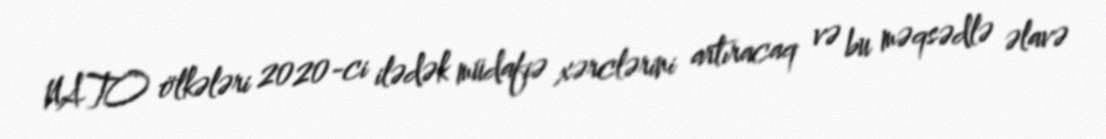
NATO ölkələri 2020-ci ilədək müdafiə xərclərini artıracaq və bu məqsədlə əlavə